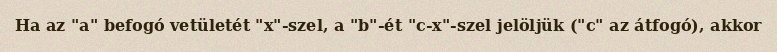
Ha az "a" befogó vetületét "x"-szel, a "b"-ét "c-x"-szel jelöljük ("c" az átfogó), akkor